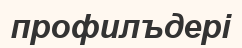
профилъдері